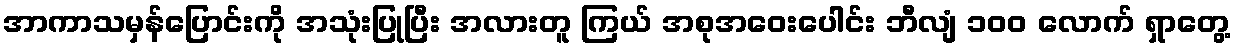
အာကာသမှန်ပြောင်းကို အသုံးပြုပြီး အလားတူ ကြယ် အစုအဝေးပေါင်း ဘီလျံ ၁၀၀ လောက် ရှာတွေ့